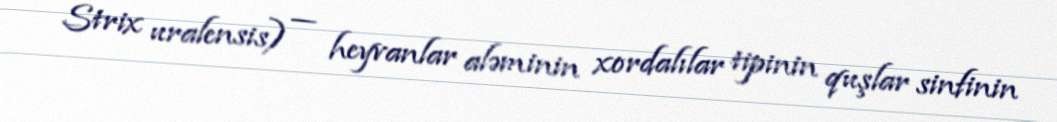
Strix uralensis) — heyvanlar aləminin xordalılar tipinin quşlar sinfinin